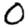
Digit: 0